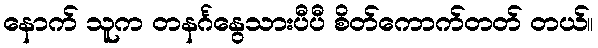
နောက် သူက တနင်္ဂနွေသားပီပီ စိတ်ကောက်တတ် တယ်။